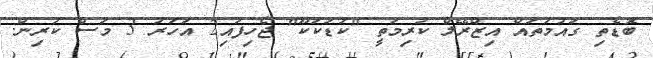
ބޮޑެތި ގައުމުތައް އިޒްރޭލް ކުރިމަތީ "ކުޑަކަކޫ" ޖެހިފައި2 އަހަރު 3 މަސް ކުރިން.